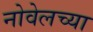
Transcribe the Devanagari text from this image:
नोवेलच्या